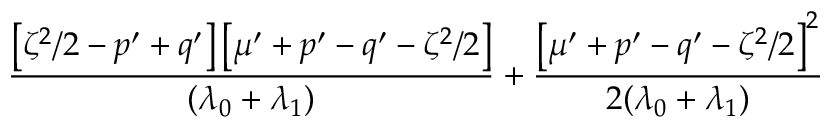
\frac { \left[ \zeta ^ { 2 } / 2 - p ^ { \prime } + q ^ { \prime } \right] \left[ \mu ^ { \prime } + p ^ { \prime } - q ^ { \prime } - \zeta ^ { 2 } / 2 \right] } { ( \lambda _ { 0 } + \lambda _ { 1 } ) } + \frac { \left[ \mu ^ { \prime } + p ^ { \prime } - q ^ { \prime } - \zeta ^ { 2 } / 2 \right] ^ { 2 } } { 2 ( \lambda _ { 0 } + \lambda _ { 1 } ) }